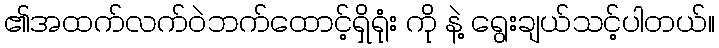
၏အထက်လက်ဝဲဘက်ထောင့်ရှိရုံး ကို နဲ့ ရွေးချယ်သင့်ပါတယ်။